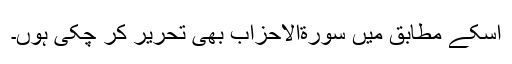
اسکے مطابق میں سورةالاحزاب بھی تحریر کر چکی ہوں۔